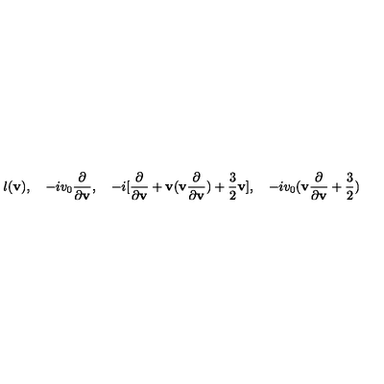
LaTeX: l ( { \bf v } ) , \quad - i v _ { 0 } \frac { \partial } { \partial { \bf v } } , \quad - i [ \frac { \partial } { \partial { \bf v } } + { \bf v } ( { \bf v } \frac { \partial } { \partial { \bf v } } ) + \frac { 3 } { 2 } { \bf v } ] , \quad - i v _ { 0 } ( { \bf v } \frac { \partial } { \partial { \bf v } } + \frac { 3 } { 2 } )